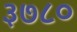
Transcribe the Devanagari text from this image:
३७८०